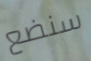
سنضع